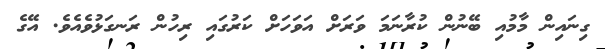
ގިނައިން މާމުއި ބޭނުން ކުރާނަމަ ވަރަށް އަވަހަށް ކަރުގައި ރިހުން ރަނގަޅުވެއެވެ. އޭގެ